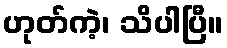
ဟုတ်ကဲ့၊ သိပါပြီ။